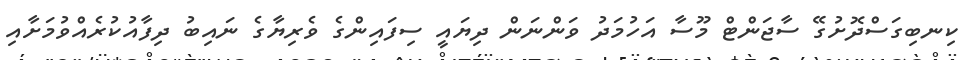
ކިނބިގަސްދޮށުގޭ ސާޖަންޓް މޫސާ އަހުމަދު ވަންނަން ދިޔައީ ސިފައިންގެ ވެރިޔާގެ ނައިބު ދިފާއުކުރެއްވުމަށާއި